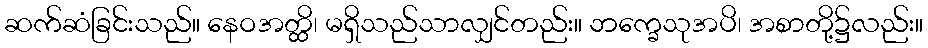
ဆက်ဆံခြင်းသည်။ နေဝအတ္ထိ၊ မရှိသည်သာလျှင်တည်း။ ဘက္ခေသုအပိ၊ အစာတို့၌လည်း။